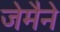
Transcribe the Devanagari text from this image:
जेमैने